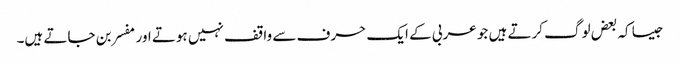
جیسا کہ بعض لوگ کرتے ہیں جو عربی کے ایک حرف سے واقف نہیں ہوتے اور مفسر بن جاتے ہیں۔